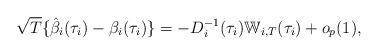
LaTeX: \begin{align*}\sqrt{T} \{ \hat{\beta}_{i}(\tau_{i}) - \beta_{i}(\tau_{i}) \} = -D_{i}^{-1}(\tau_{i}) \mathbb{W}_{i, T}(\tau_{i}) + o_{p}(1),\end{align*}